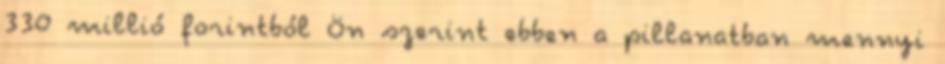
330 millió forintból Ön szerint ebben a pillanatban mennyi